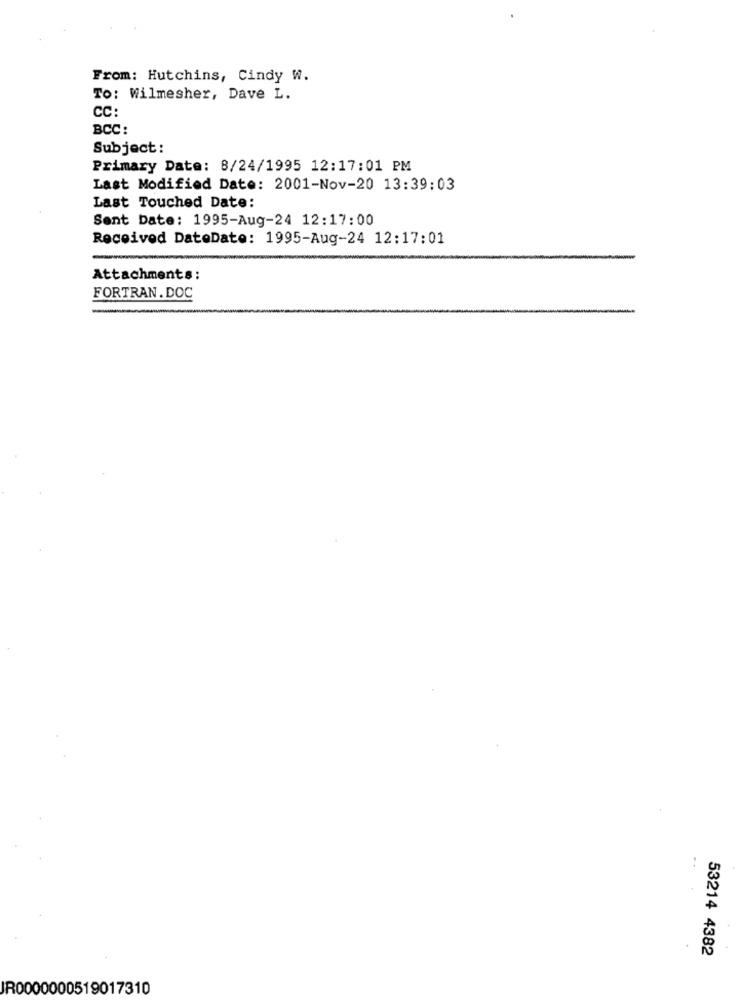
From: Hutchins, Cindy W.
To: Wilmesher, Dave L.
CC:
BCC:
Subject :
Primary Date: 8/24/1995 12:17:01 PM
Last Modified Date: 2001-Nov-20 13:39:03
Last Touched Date:
Sent Date: 1995-Aug-24 12:17:00
Received DateDate: 1995-Aug-24 12:17:01
Attachments:
FORTRAN.DOC
..
53214 4382
IR0000000519017310